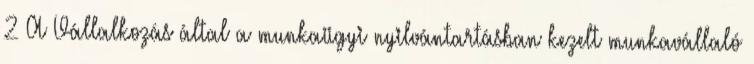
2 A Vállalkozás által a munkaügyi nyilvántartásban kezelt munkavállaló